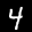
Label: 4